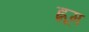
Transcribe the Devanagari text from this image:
ह्नूम